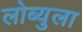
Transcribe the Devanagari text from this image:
लोब्युला